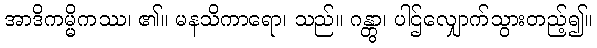
အာဒိကမ္မိကဿ၊ ၏။ မနသိကာရော၊ သည်။ ဂန္တွာ၊ ပါဌ်လျှောက်သွားတည့်၍။